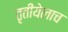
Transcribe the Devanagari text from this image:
तृतीयेलाच